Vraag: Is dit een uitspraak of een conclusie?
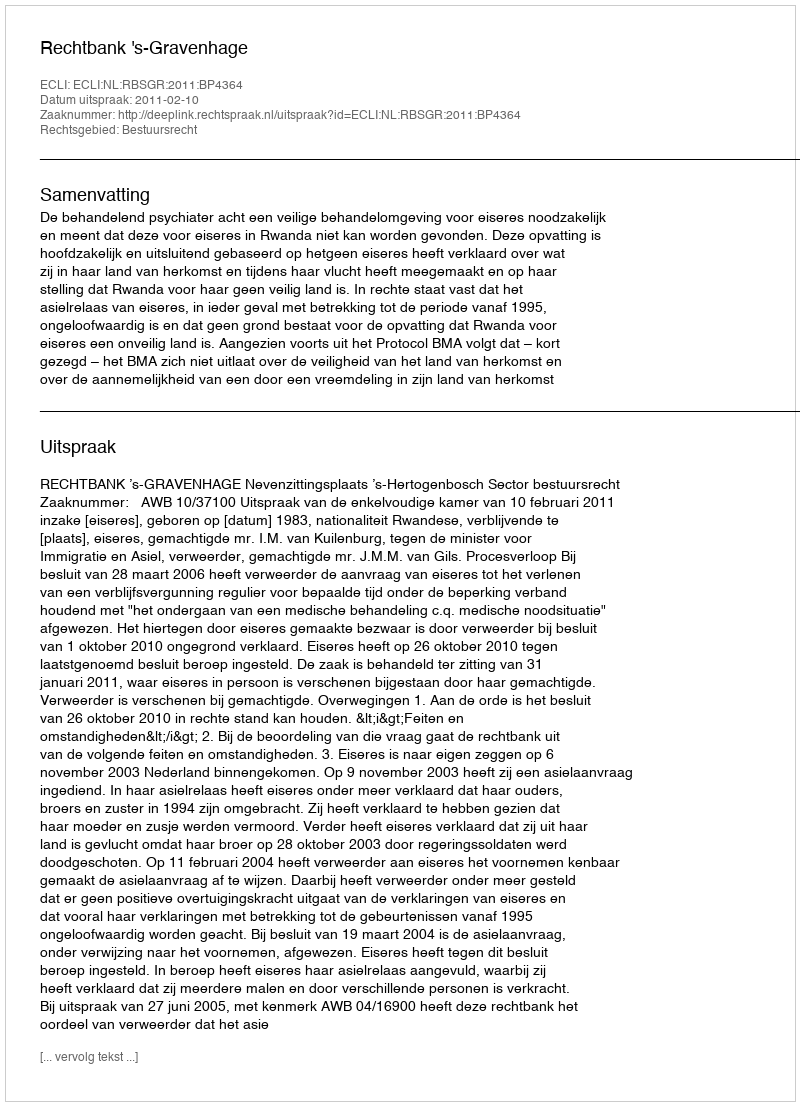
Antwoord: Uitspraak